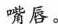
嘴唇。